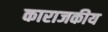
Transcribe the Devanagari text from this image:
काराजकीय